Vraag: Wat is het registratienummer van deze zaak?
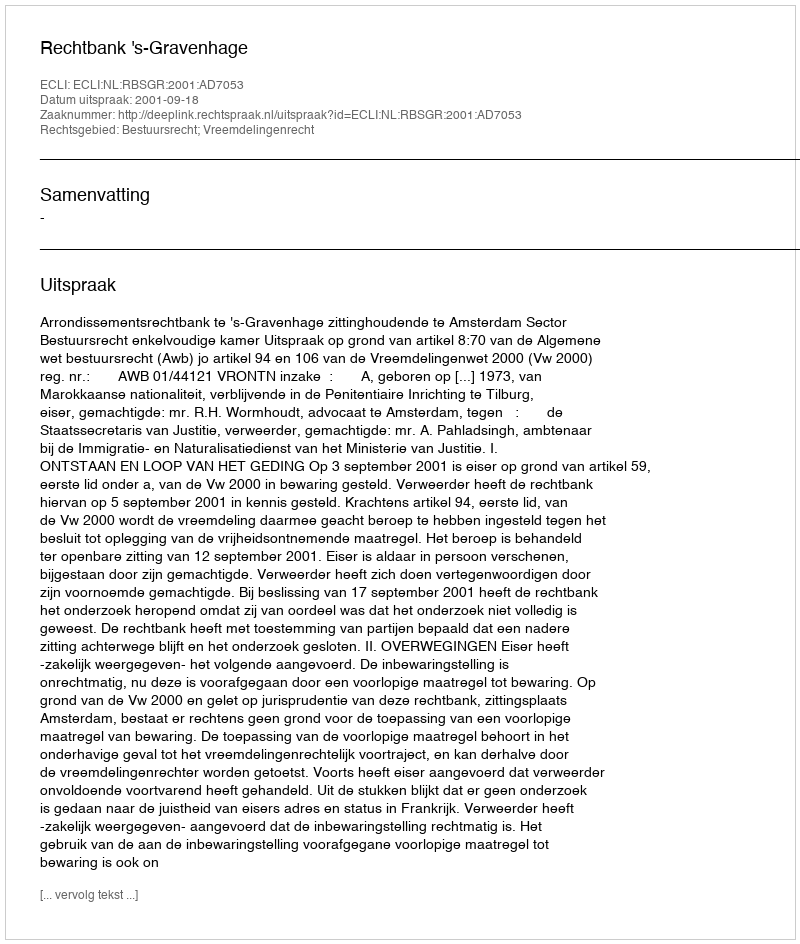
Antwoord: http://deeplink.rechtspraak.nl/uitspraak?id=ECLI:NL:RBSGR:2001:AD7053